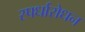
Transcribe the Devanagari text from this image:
स्पर्धारोधन